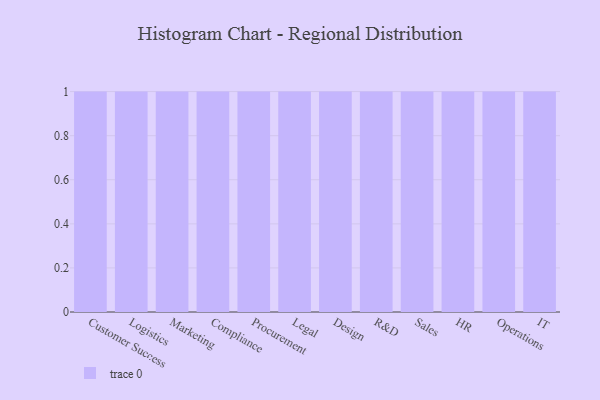
{"axis": {"x": "Department", "y": "Latency (ms)"}, "legend": [""], "data": [{"x": "Customer Success", "y": 4, "type": ""}, {"x": "Logistics", "y": 22, "type": ""}, {"x": "Marketing", "y": 95, "type": ""}, {"x": "Compliance", "y": 8, "type": ""}, {"x": "Procurement", "y": 26, "type": ""}, {"x": "Legal", "y": 57, "type": ""}, {"x": "Design", "y": 29, "type": ""}, {"x": "R&D", "y": 37, "type": ""}, {"x": "Sales", "y": 21, "type": ""}, {"x": "HR", "y": 68, "type": ""}, {"x": "Operations", "y": 55, "type": ""}, {"x": "IT", "y": 83, "type": ""}]}